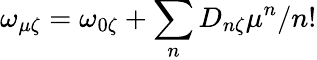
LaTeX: \omega_{\mu\zeta}=\omega_{0\zeta}+\sum_{n}D_{n\zeta}\mu^{n}/n!